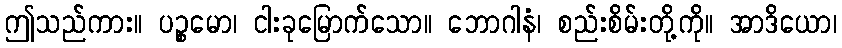
ဤသည်ကား။ ပဉ္စမော၊ ငါးခုမြောက်သော။ ဘောဂါနံ၊ စည်းစိမ်းတို့ကို။ အာဒိယော၊